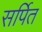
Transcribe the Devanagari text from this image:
सर्पित